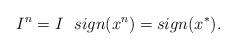
LaTeX: \begin{align*}I^n = I \ \ sign(x^n) = sign(x^*).\end{align*}